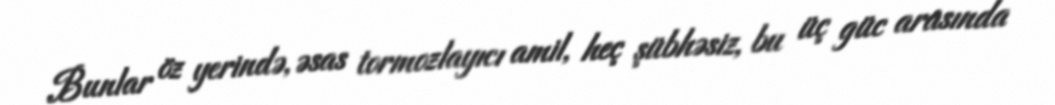
Bunlar öz yerində, əsas tormozlayıcı amil, heç şübhəsiz, bu üç güc arasında